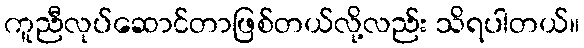
ကူညီလုပ်ဆောင်တာဖြစ်တယ်လို့လည်း သိရပါတယ်။